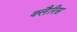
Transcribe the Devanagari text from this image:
क्लैरिस